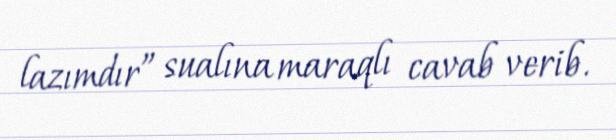
lazımdır” sualına maraqlı cavab verib.